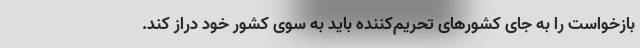
بازخواست را به جای کشورهای تحریم‌کننده باید به سوی کشور خود دراز کند.